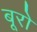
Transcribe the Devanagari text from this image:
बूरो